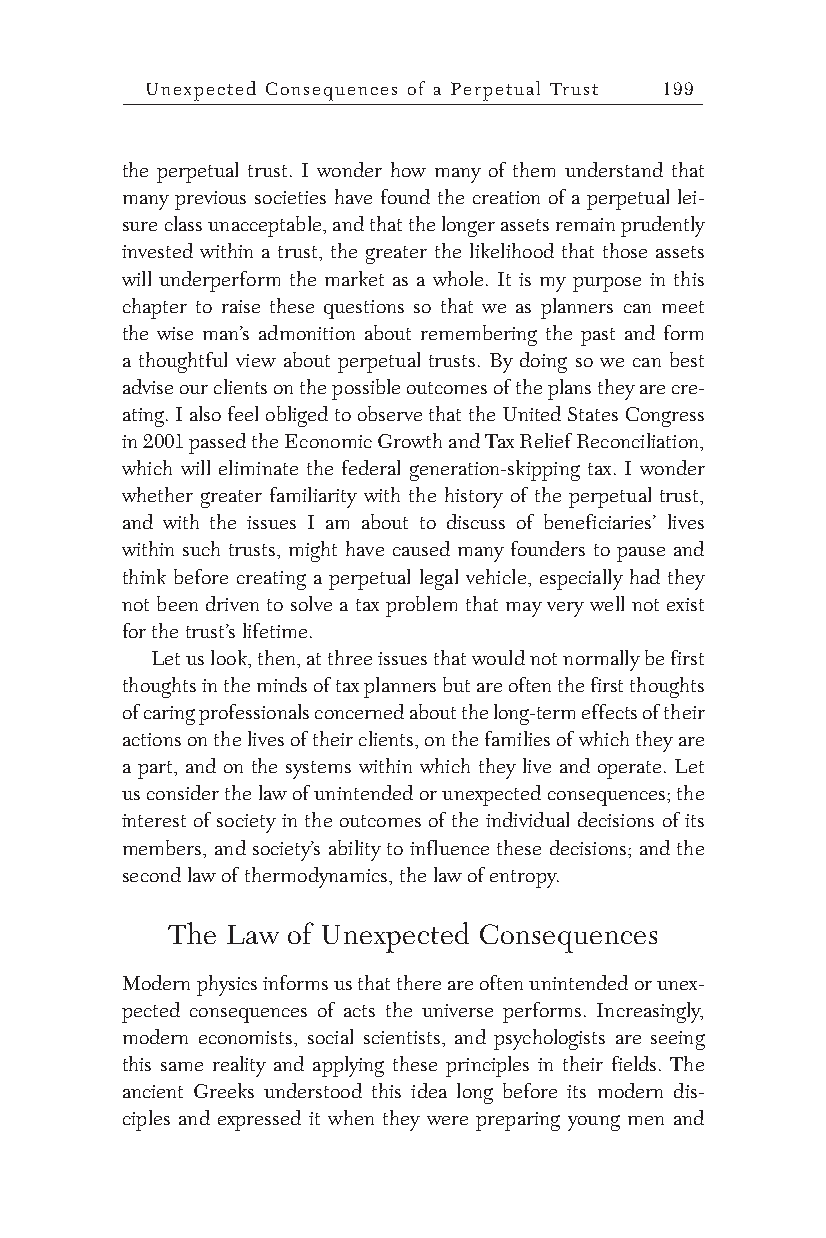
Unexpected Consequences of a Perpetual Trust 199
 the perpetual trust. I wonder how many of them understand that
 many previous societies have found the creation of a perpetual lei-
 sure class unacceptable, and that the longer assets remain prudently
 invested within a trust, the greater the likelihood that those assets
 will underperform the market as a whole. It is my purpose in this
 chapter to raise these questions so that we as planners can meet
 the wise man’s admonition about remembering the past and form
 a thoughtful view about perpetual trusts. By doing so we can best
 advise our clients on the possible outcomes of the plans they are cre-
 ating. I also feel obliged to observe that the United States Congress
 in 2001 passed the Economic Growth and Tax Relief Reconciliation,
 which will eliminate the federal generation-skipping tax. I wonder
 whether greater familiarity with the history of the perpetual trust,
 and with the issues I am about to discuss of beneficiaries’ lives
 within such trusts, might have caused many founders to pause and
 think before creating a perpetual legal vehicle, especially had they
 not been driven to solve a tax problem that may very well not exist
 for the trust’s lifetime.
 Let us look, then, at three issues that would not normally be first
 thoughts in the minds of tax planners but are often the first thoughts
 of caring professionals concerned about the long-term effects of their
 actions on the lives of their clients, on the families of which they are
 a part, and on the systems within which they live and operate. Let
 us consider the law of unintended or unexpected consequences; the
 interest of society in the outcomes of the individual decisions of its
 members, and society’s ability to influence these decisions; and the
 second law of thermodynamics, the law of entropy.
 The Law of Unexpected Consequences
 Modern physics informs us that there are often unintended or unex-
 pected consequences of acts the universe performs. Increasingly,
 modern economists, social scientists, and psychologists are seeing
 this same reality and applying these principles in their fields. The
 ancient Greeks understood this idea long before its modern dis-
 ciples and expressed it when they were preparing young men and